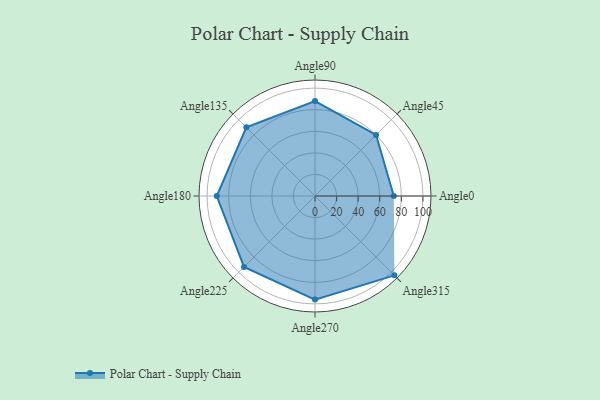
{"axis": {"x": "Angle", "y": "Radius"}, "legend": [""], "data": [{"x": "Angle0", "y": 73.0, "type": ""}, {"x": "Angle45", "y": 80.0, "type": ""}, {"x": "Angle90", "y": 88.0, "type": ""}, {"x": "Angle135", "y": 90.0, "type": ""}, {"x": "Angle180", "y": 91.0, "type": ""}, {"x": "Angle225", "y": 93.0, "type": ""}, {"x": "Angle270", "y": 96.0, "type": ""}, {"x": "Angle315", "y": 104.0, "type": ""}]}